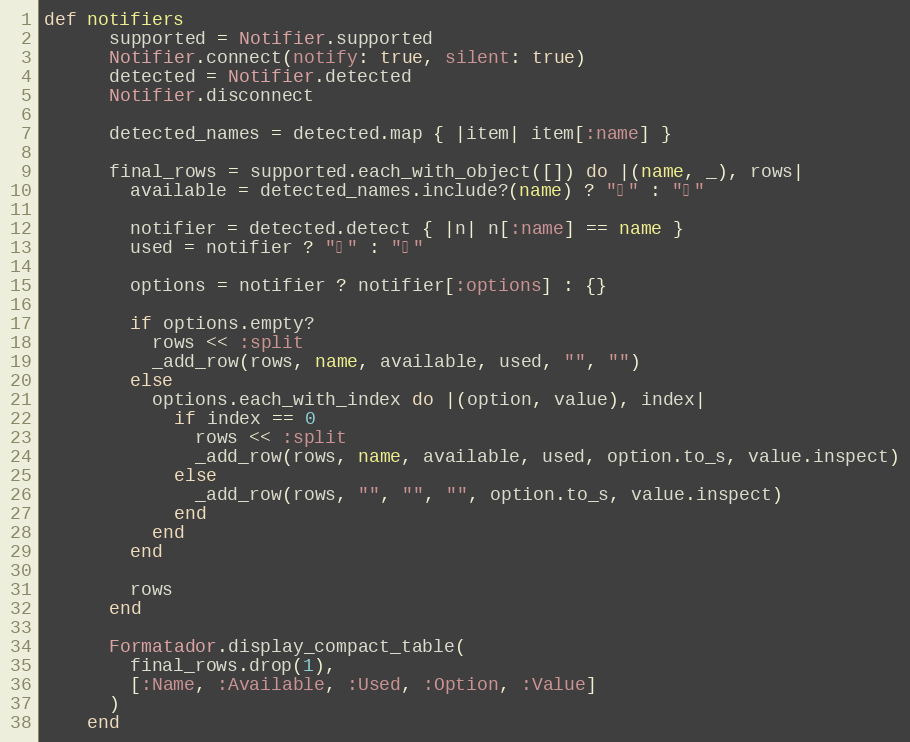
Language: Ruby
def notifiers
      supported = Notifier.supported
      Notifier.connect(notify: true, silent: true)
      detected = Notifier.detected
      Notifier.disconnect

      detected_names = detected.map { |item| item[:name] }

      final_rows = supported.each_with_object([]) do |(name, _), rows|
        available = detected_names.include?(name) ? "✔" : "✘"

        notifier = detected.detect { |n| n[:name] == name }
        used = notifier ? "✔" : "✘"

        options = notifier ? notifier[:options] : {}

        if options.empty?
          rows << :split
          _add_row(rows, name, available, used, "", "")
        else
          options.each_with_index do |(option, value), index|
            if index == 0
              rows << :split
              _add_row(rows, name, available, used, option.to_s, value.inspect)
            else
              _add_row(rows, "", "", "", option.to_s, value.inspect)
            end
          end
        end

        rows
      end

      Formatador.display_compact_table(
        final_rows.drop(1),
        [:Name, :Available, :Used, :Option, :Value]
      )
    end